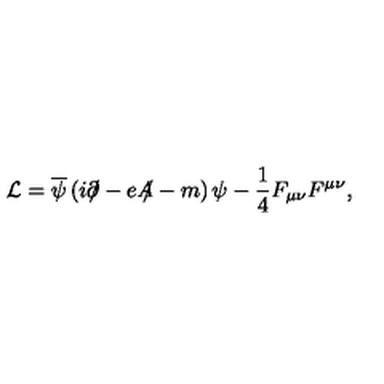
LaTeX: { \cal L } = \overline { { \psi } } \left( i \partial \! \! \! \slash - e A \! \! \! \slash - m \right) \psi - \frac { 1 } { 4 } F _ { \mu \nu } F ^ { \mu \nu } ,